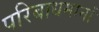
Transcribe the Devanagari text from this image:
परिबाधमानां